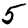
Digit: 5